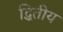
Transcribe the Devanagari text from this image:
द्धितीय